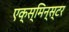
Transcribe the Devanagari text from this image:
एक्स्मिन्स्टर